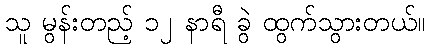
သူ မွန်းတည့် ၁၂ နာရီ ခွဲ ထွက်သွားတယ်။